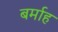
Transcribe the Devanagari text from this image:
बर्माह